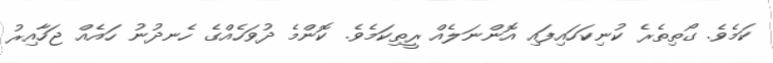
ކަމެވެ. ގޯތިތެރެ ކުނިކަހައިފައި އޮންނަލެއް ރީތިކަމެވެ. ކޮންމެ ދުވަހެއްގެ ހެނދުނު ހައެއް ޖަހާއިރު